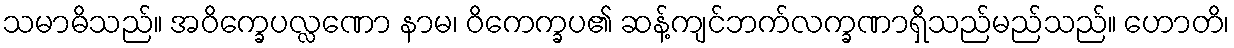
သမာဓိသည်။ အဝိက္ခေပလ္လဏော နာမ၊ ဝိကေက္ခပ၏ ဆန့်ကျင်ဘက်လက္ခဏာရှိသည်မည်သည်။ ဟောတိ၊